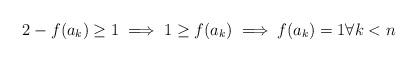
LaTeX: \begin{align*}2 - f(a_k) \geq 1 \implies 1 \geq f(a_k) \implies f(a_k)=1 \forall k<n\end{align*}